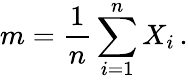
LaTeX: m={\frac{1}{n}}\sum_{i=1}^{n}X_{i}\, .